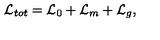
\mathcal { L } _ { t o t } = \mathcal { L } _ { 0 } + \mathcal { L } _ { m } + \mathcal { L } _ { g } ,